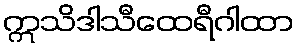
ဣသိဒါသီထေရီဂါထာ